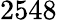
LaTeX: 2548